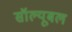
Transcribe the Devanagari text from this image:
सॉल्यूबल